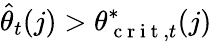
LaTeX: \widehat{\theta}_{t}(j)>\theta_{\mathrm{~c~r~i~t~},t}^{*}(j)